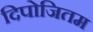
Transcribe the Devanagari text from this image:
दिपोजितम